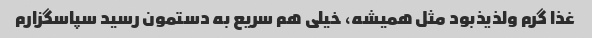
غذا گرم ولذیذبود مثل همیشه، خیلی هم سریع به دستمون رسید سپاسگزارم